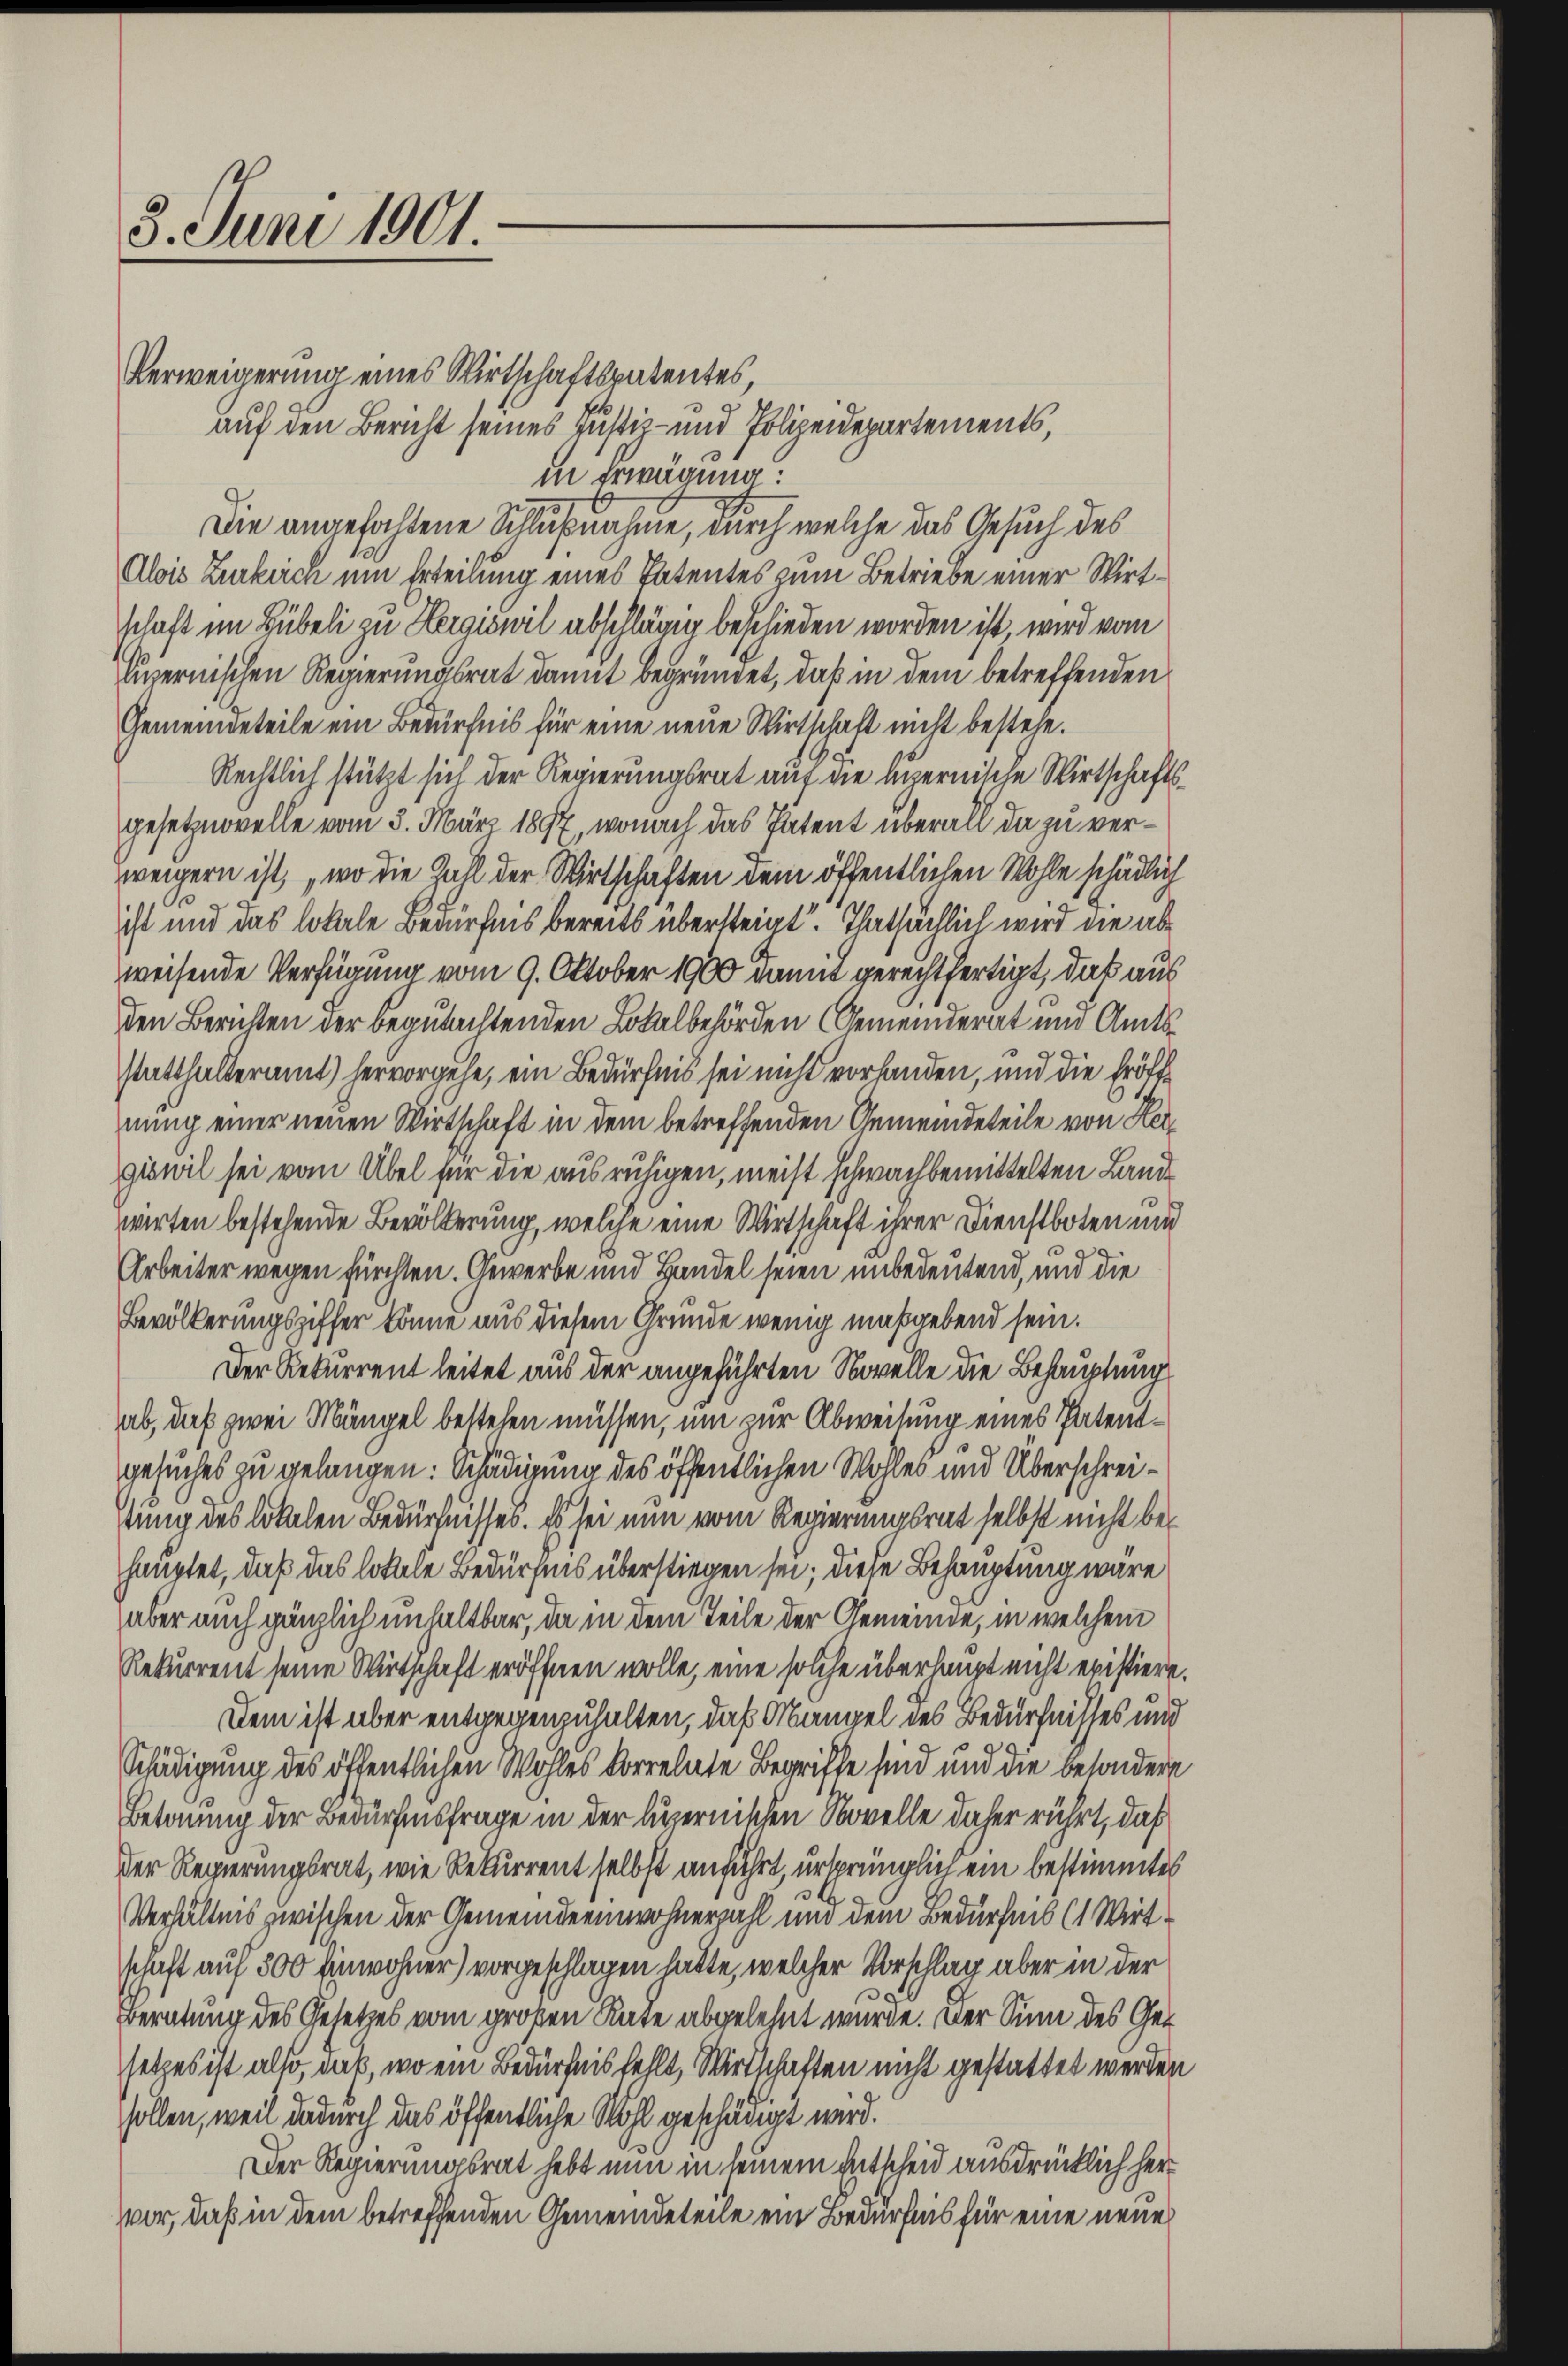
3. Juni 1901.

Verweigerung eines Wirtschaftspatentes
auf den Bericht seines Justiz- und Polizeidepartements,
in Erwägung:
Die angefochtene Schlußnahme, durch welche das Gesuch des
Alois Zurkeich um Erteilung eines Tatentes zum Betriebe einer Wirtschaft im Hübeli zu Hergiswil abschlägig beschieden worden ist, wird vom
luzernischen Regierungsrat damit begründet, daß in dem betreffenden
Gemeindeteile ein Bedürfnis für eine neue Wirtschaft nicht bestehe.
Rechtlich stützt sich der Regierungsrat auf die luzernische Wirtschaft
gesetznovelle vom 3. März 1897, wonach das Patent überall da zu verweigern ist, wo die Zahl der Wirtschaften dem öffentlichen Wohle schädlich
ist und das lokale Bedürfnis bereits übersteigt. Thatsächlich wird die abweisende Verfügung vom 9. Oktober 1900 damit gerechtfertigt, daß aus
den Berichten der begutachtenden Lokalbehörden (Gemeinderat und Amtsstatthalteramt) hervorgehe, ein Bedürfnis sei nicht vorhanden, und die Eröffnung einer neuen Wirtschaft in dem betreffenden Gemeindeteile von Heigiswil sei vom Übel für die ausruhigen, meist schwachbemittelten Landwirten bestehende Bevölkerung, welche eine Wirtschaft ihrer Dienstboten ni
Arbeiter wegen fürchten. Gewerbe und Handel seien unbedeutend, und die
Bevölkerungsziffer könne aus diesem Grunde wenig maßgebend sein.
Der Rekurrent leitet aus der angeführten Novelle die Behauptung
ab, daß zwei Mängel bestehen müssen, um zur Abweisung eines Patentgesuches zu gelangen: Schädigung des öffentlichen Wohles und Überschreistung des lokalen Bedürfnisses. Es sei nun vom Regierungsrat selbst nicht bes
hauptet, daß das lottele Bedürfnis überstiegen sei; diese Behauptung wäre
aber auch gänzlich unhaltbar, da in dem Teile der Gemeinde, in welchem
Rekurrent seine Wirtschaft eröffnen wolle, eine solche überhaupt nicht existiere.
Dem ist aber entgegenzuhalten, daß Mangel des Bedürfnisses und
Schädigung des öffentlichen Wohles korrelante Begriffe sind und die besondere
Betonung der Bedürfnisfrage in der Auernischen Novelle daher rührt, daß
der Regierungsrat, wie Rekurrent selbst anführt, ursprünglich ein bestimmtes
Verhältnis zwischen der Gemeinde einwohnerzahl und dem Bedürfnis (1 Wirtschaft auf 300 Einwohner) vorgeschlagen hatte, welcher Vorschlag aber in der
Beratung des Gesetzes vom großen Rate abgelehnt wurde. Der Sinn des Gesetzes ist also, daß, wo ein Bedürfnis fehlt, Wirtschaften nicht gestattet werden
sollen, weil dadurch das öffentliche Wohl geschädigt wird.
Der Regierungsrat hebt nun in seinem Entscheid ausdrücklich her
vor, daß in dem betreffenden Gemeindeteile ein Bedürfnis für eine neue